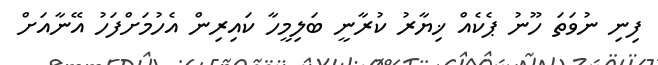
ފިނި ނުވަތަ ހޫނު ޕެކެއް ޚިޔާރު ކުރާނީ ބަލިމީހާ ކައިރިން އެހުމަށްފަހު އޭނާއަށް